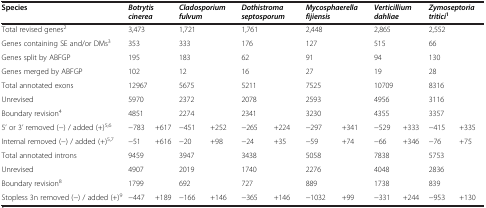
| Species | <COLSPAN=2> Botrytis cinerea | <COLSPAN=2> Cladosporium fulvum | <COLSPAN=2> Dothistroma septosporum | <COLSPAN=2> Mycosphaerella fijiensis | <COLSPAN=2> Verticillium dahliae | <COLSPAN=2> Zymoseptoria tritici1 |
 | --- | --- | --- | --- | --- | --- | --- | --- | --- | --- | --- | --- | --- |
 | Total revised genes2 | 3,473 |  | 1,721 |  | 1,761 |  | 2,448 |  | 2,865 |  | 2,552 |  |
 | Genes containing SE and/or DMs3 | 353 |  | 333 |  | 176 |  | 127 |  | 515 |  | 66 |  |
 | Genes split by ABFGP | 195 |  | 183 |  | 62 |  | 91 |  | 94 |  | 130 |  |
 | Genes merged by ABFGP | 102 |  | 12 |  | 16 |  | 27 |  | 19 |  | 28 |  |
 | Total annotated exons | 12967 |  | 5675 |  | 5211 |  | 7525 |  | 10709 |  | 8316 |  |
 | Unrevised | 5970 |  | 2372 |  | 2078 |  | 2593 |  | 4956 |  | 3116 |  |
 | Boundary revision4 | 4851 |  | 2274 |  | 2341 |  | 3230 |  | 4355 |  | 3357 |  |
 | 5’ or 3’ removed (−) / added (+)5,6 | −783 | +617 | −451 | +252 | −265 | +224 | −297 | +341 | −529 | +333 | −415 | +335 |
 | Internal removed (−) / added (+)5,7 | −51 | +616 | −20 | +98 | −24 | +35 | −59 | +74 | −66 | +346 | −76 | +75 |
 | Total annotated introns | 9459 |  | 3947 |  | 3438 |  | 5058 |  | 7838 |  | 5753 |  |
 | Unrevised | 4907 |  | 2019 |  | 1740 |  | 2276 |  | 4048 |  | 2836 |  |
 | Boundary revision8 | 1799 |  | 692 |  | 727 |  | 889 |  | 1738 |  | 839 |  |
 | Stopless 3n removed (−) / added (+)9 | −447 | +189 | −166 | +146 | −365 | +146 | −1032 | +99 | −331 | +244 | −953 | +130 |